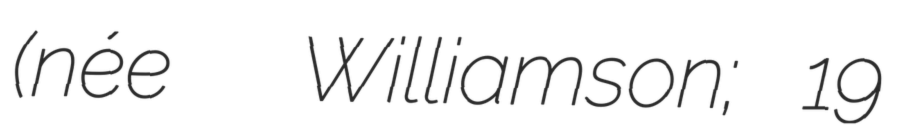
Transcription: (née  Williamson; 19